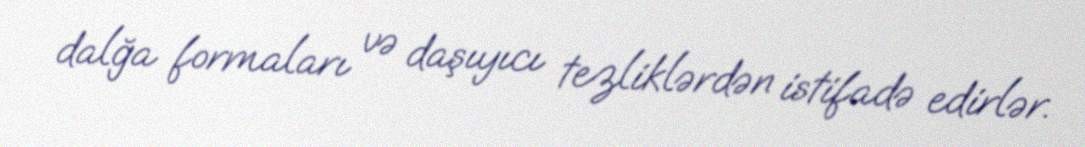
dalğa formaları və daşıyıcı tezliklərdən istifadə edirlər.